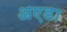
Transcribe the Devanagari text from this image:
अएडा